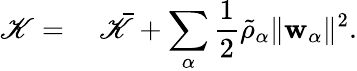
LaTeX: \begin{array}{rl}{\mathscr{K}=}&{{}~\bar{\mathscr{K}}+\displaystyle\sum_{\alpha}\frac{1}{2}\tilde{\rho}_{\alpha}\| \mathbf{w}_{\alpha}\| ^{2}.}\end{array}